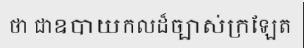
ថា ជាឧបាយកលដ៏ច្បាស់ក្រឡែត